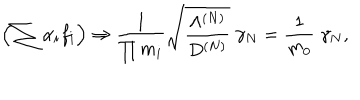
LaTeX: \left( \sum \alpha _ { i } f _ { i } \right) \Rightarrow \frac { 1 } { \prod m _ { i } } \sqrt { \frac { \Lambda ^ { ( N ) } } { D ^ { ( N ) } } } \; \gamma _ { N } = \frac { 1 } { m _ { 0 } } \; \gamma _ { N } ,